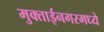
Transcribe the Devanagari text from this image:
मुक्ताईनगरमध्ये